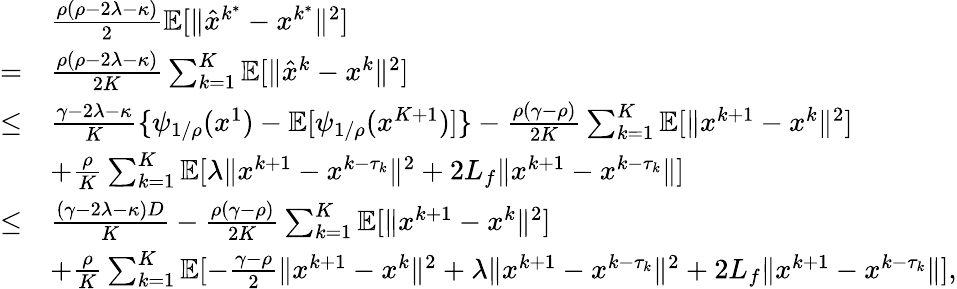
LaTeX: \begin{array}{rl}&{\frac{\rho(\rho-2\lambda-\kappa)}{2}\mathbb{E}[\| \hat{x}^{k^{\ast}}-x^{k^{\ast}}\| ^{2}]}\\ {=}&{\frac{\rho(\rho-2\lambda-\kappa)}{2K}\sum_{k=1}^{K}\mathbb{E}[\| \hat{x}^{k}-x^{k}\| ^{2}]}\\ {\leq}&{\frac{\gamma-2\lambda-\kappa}{K}\{ \psi_{1/\rho}(x^{1})-\mathbb{E}[\psi_{1/\rho}(x^{K+1})]\} -\frac{\rho(\gamma-\rho)}{2K}\sum_{k=1}^{K}\mathbb{E}[\| x^{k+1}-x^{k}\| ^{2}]}\\ &{+\frac{\rho}{K}\sum_{k=1}^{K}\mathbb{E}[\lambda\| x^{k+1}-x^{k-\tau_{k}}\| ^{2}+2L_{f}\| x^{k+1}-x^{k-\tau_{k}}\| ]}\\ {\leq}&{\frac{(\gamma-2\lambda-\kappa)D}{K}-\frac{\rho(\gamma-\rho)}{2K}\sum_{k=1}^{K}\mathbb{E}[\| x^{k+1}-x^{k}\| ^{2}]}\\ &{+\frac{\rho}{K}\sum_{k=1}^{K}\mathbb{E}[-\frac{\gamma-\rho}{2}\| x^{k+1}-x^{k}\| ^{2}+\lambda\| x^{k+1}-x^{k-\tau_{k}}\| ^{2}+2L_{f}\| x^{k+1}-x^{k-\tau_{k}}\| ],}\end{array}